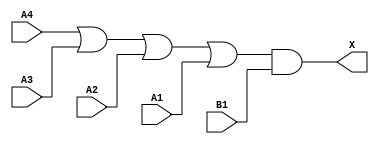
module sky130_fd_sc_ls__o41a (
    X ,
    A1,
    A2,
    A3,
    A4,
    B1
);

    // Module ports
    output X ;
    input  A1;
    input  A2;
    input  A3;
    input  A4;
    input  B1;

    // Module supplies
    supply1 VPWR;
    supply0 VGND;
    supply1 VPB ;
    supply0 VNB ;

    // Local signals
    wire or0_out   ;
    wire and0_out_X;

    //  Name  Output      Other arguments
    or  or0  (or0_out   , A4, A3, A2, A1 );
    and and0 (and0_out_X, or0_out, B1    );
    buf buf0 (X         , and0_out_X     );

endmodule